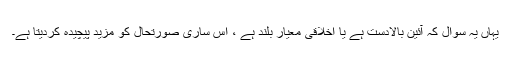
یہاں یہ سوال کہ آئین بالادست ہے یا اخلاقی معیار بلند ہے ، اس ساری صورتحال کو مزید پیچیدہ کردیتا ہے۔